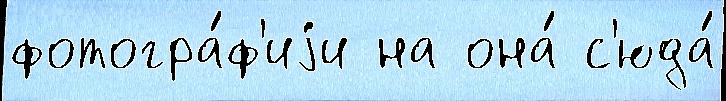
фотогра́ф'иjи на она́ с'юда́